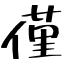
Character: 僅